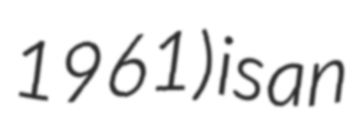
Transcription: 1961) is an